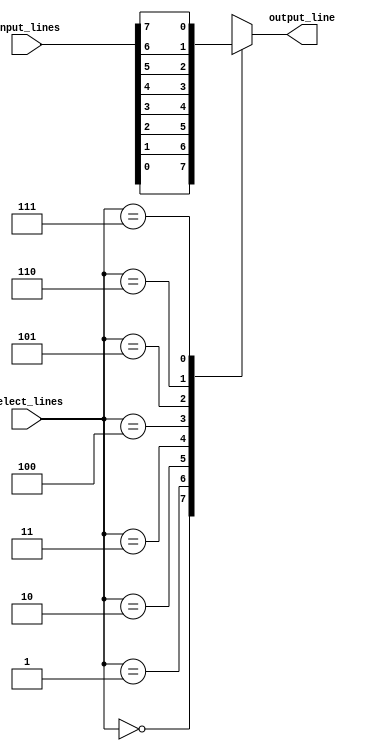
module multiplexer_8_1 (
    input [7:0] input_lines,
    input [2:0] select_lines,
    output reg output_line
);

always @(*) begin
    case(select_lines)
        3'b000: output_line = input_lines[0];
        3'b001: output_line = input_lines[1];
        3'b010: output_line = input_lines[2];
        3'b011: output_line = input_lines[3];
        3'b100: output_line = input_lines[4];
        3'b101: output_line = input_lines[5];
        3'b110: output_line = input_lines[6];
        3'b111: output_line = input_lines[7];
    endcase
end

endmodule